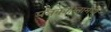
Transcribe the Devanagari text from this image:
पत्रकारितामध्ये